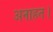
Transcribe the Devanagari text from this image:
अनाहत।